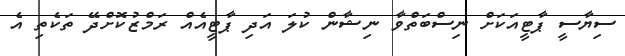
ސިޔާސީ ޕާޓީއަކަށް ނިސްބަތްވާ ނިޝާން ކުލަ އަދި ޕާޓީއެއް ރަމްޒުކޮށްދޭ ތަކެތި އެ